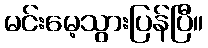
မင်းမေ့သွားပြန်ပြီ။